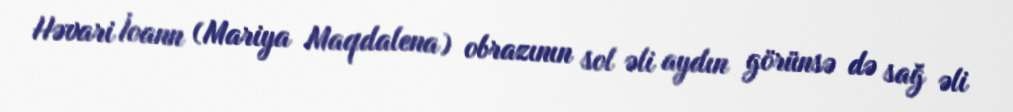
Həvari İoann (Mariya Maqdalena) obrazının sol əli aydın görünsə də sağ əli